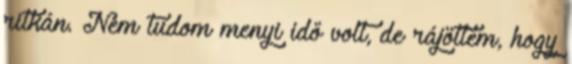
ritkán. Nem tudom menyi idő volt, de rájöttem, hogy